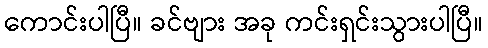
ကောင်းပါပြီ။ ခင်ဗျား အခု ကင်းရှင်းသွားပါပြီ။